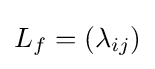
L_{f}=(\lambda _{ij})